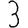
Digit: 3